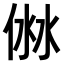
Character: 𠊥